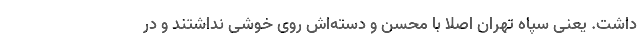
داشت. یعنی سپاه تهران اصلا با محسن و دسته‌اش روی خوشی نداشتند و در